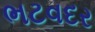
ભટવદર